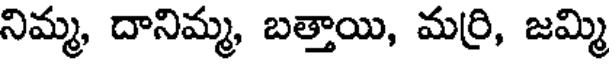
నిమ్మ, దానిమ్మ, బత్తాయి, మర్రి, జమ్మి